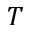
T